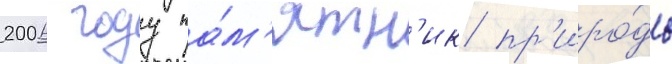
2006 году па́м'ятн'ик пр'иро́ды